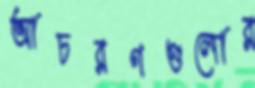
আচরণগুলোর